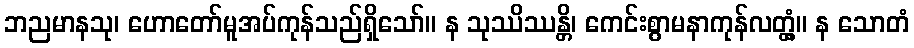
ဘညမာနသု၊ ဟောတော်မူအပ်ကုန်သည်ရှိသော်။ န သုဿိဿန္တိ၊ ကေင်းစွာမနာကုန်လတ္တံ့။ န သောတံ